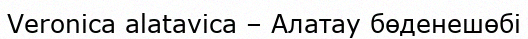
Veronica alatavica – Алатау бөденешөбі